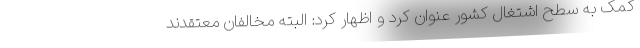
کمک به سطح اشتغال کشور عنوان کرد و اظهار کرد: البته مخالفان معتقدند